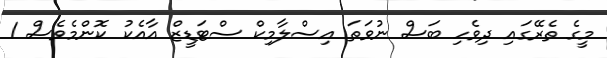
މީގެ ތެރޭގައި ދިވެހި ބަސް ނުވަތަ އިސްލާމިކް ސްޓަޑީޒް އާއެކު ކޮންމެވެސް 1